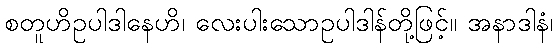
စတူဟိဥပါဒါနေဟိ၊ လေးပါးသောဥပါဒါန်တို့ဖြင့်။ အနာဒါနံ၊